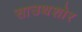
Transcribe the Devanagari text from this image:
साउथशोर